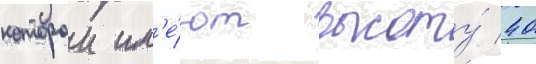
которои им'е́ют высоту́ 40